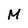
Character: M